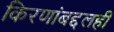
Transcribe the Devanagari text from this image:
किरणांबद्दलही